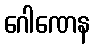
ဂေါဏေန